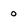
Character: 0